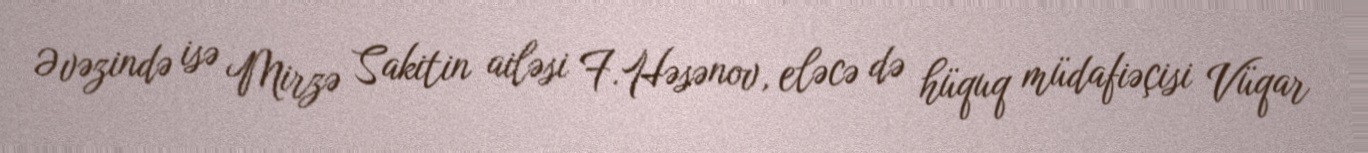
Əvəzində isə Mirzə Sakitin ailəsi F.Həsənov, eləcə də hüquq müdafiəçisi Vüqar